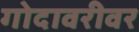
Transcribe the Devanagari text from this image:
गोदावरीवर